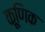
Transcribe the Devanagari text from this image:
कूणिक